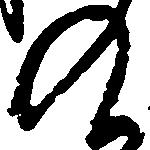
入